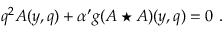
q ^ { 2 } A ( y , q ) + { \alpha ^ { \prime } } g ( A \star A ) ( y , q ) = 0 \, \, .